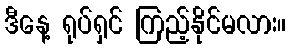
ဒီနေ့ ရုပ်ရှင် ကြည့်နိုင်မလား။